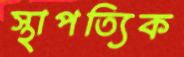
স্থাপত্যিক